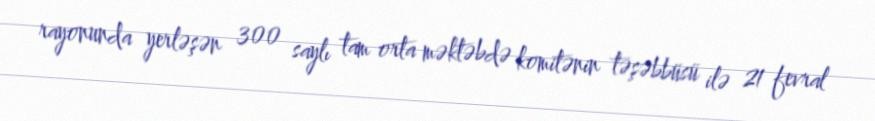
rayonunda yerləşən 300 saylı tam orta məktəbdə komitənin təşəbbüsü ilə 21 fevral